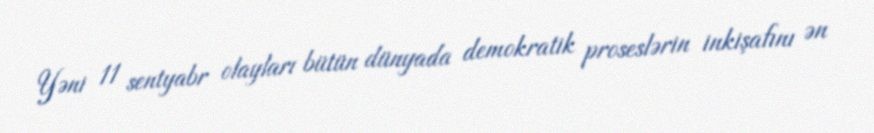
Yəni 11 sentyabr olayları bütün dünyada demokratik proseslərin inkişafını ən